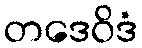
တဒေဝိဒံ